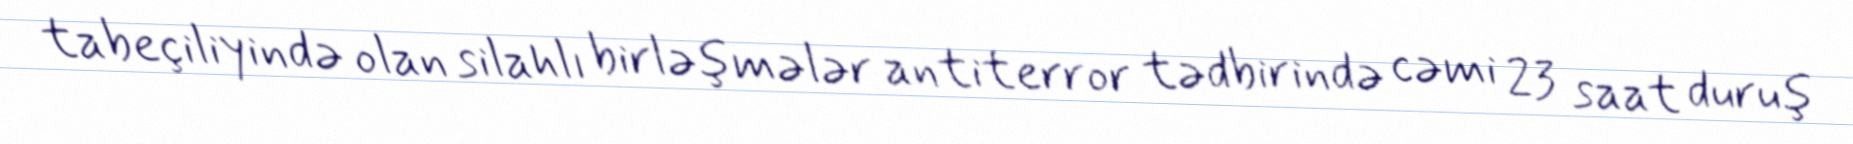
tabeçiliyində olan silahlı birləşmələr antiterror tədbirində cəmi 23 saat duruş